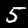
Digit: 5